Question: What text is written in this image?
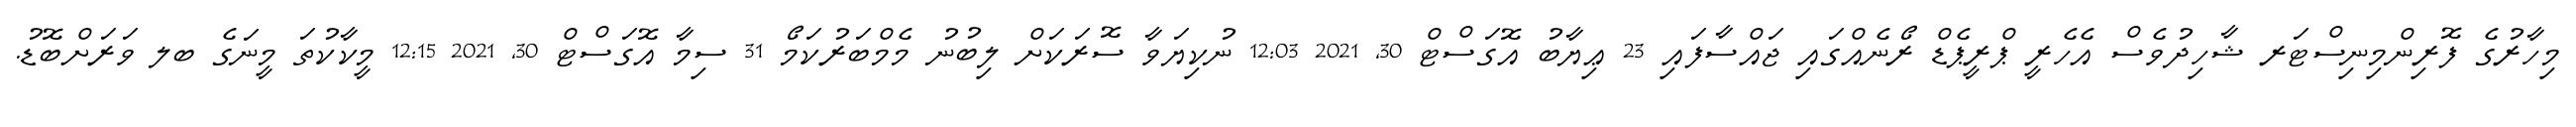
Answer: މިހާރުގެ ފޮރިންމިނިސްޓަރ ޝާހިދުވެސް އެހެރީ ޕްރީޕެޑް ރޯނެއްގައި ޖައްސާފައި 23 ޢިޔާބު އޮގަސްޓް 30, 2021 12:03 ނުކިޔަވާ ސޮރަކަށް ލިބުނު މެމްބަރުކަމޯ 31 ސިމާ އޮގަސްޓް 30, 2021 12:15 މީކާކުތަ މީނަގެ ބލ ވަރަށްބޮޑު.